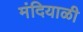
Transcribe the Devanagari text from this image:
मंदियाळी